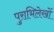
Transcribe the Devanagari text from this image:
पुराभिलेखों